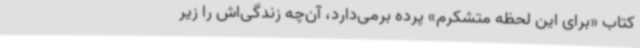
کتاب «برای این لحظه متشکرم» پرده برمی‌دارد، آن‌چه زندگی‌اش را زیر